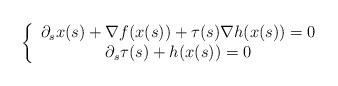
LaTeX: \begin{align*}\left\{\begin{array}{c}\partial_s x(s)+\nabla f(x(s))+\tau(s)\nabla h(x(s))=0 \\\partial_s \tau(s)+h(x(s))=0\end{array}\right.\end{align*}